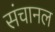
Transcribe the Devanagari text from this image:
संचानल